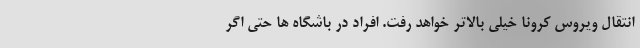
انتقال ویروس کرونا خیلی بالاتر خواهد رفت. افراد در باشگاه ها حتی اگر